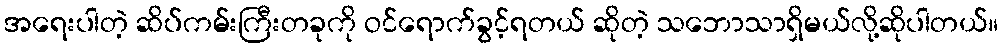
အရေးပါတဲ့ ဆိပ်ကမ်းကြီးတခုကို ဝင်ရောက်ခွင့်ရတယ် ဆိုတဲ့ သဘောသာရှိမယ်လို့ဆိုပါတယ်။